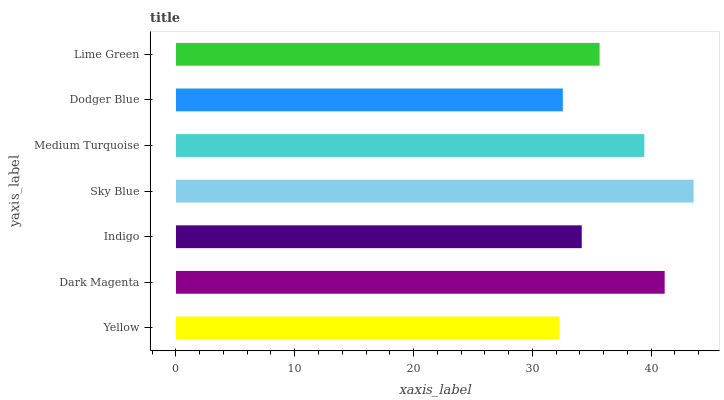
| yaxis_label | bars |
 | --- | --- |
 | Yellow | 32.3 |
 | Dark Magenta | 41.1 |
 | Indigo | 34.2 |
 | Sky Blue | 43.6 |
 | Medium Turquoise | 39.4 |
 | Dodger Blue | 32.6 |
 | Lime Green | 35.7 |